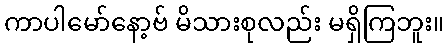
ကာပါမော်နော့ဗ် မိသားစုလည်း မရှိကြဘူး။